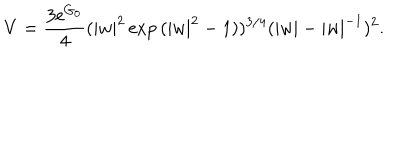
V = \frac { 3 \mathrm { e } ^ { G _ { 0 } } } { 4 } ( | w | ^ { 2 } \exp { ( | w | ^ { 2 } - 1 ) } ) ^ { 3 / 4 } ( | w | - | w | ^ { - 1 } ) ^ { 2 } .